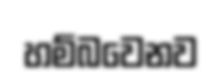
හම්බවෙනව